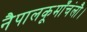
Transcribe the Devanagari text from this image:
नैपालकूमाँचंलौ।